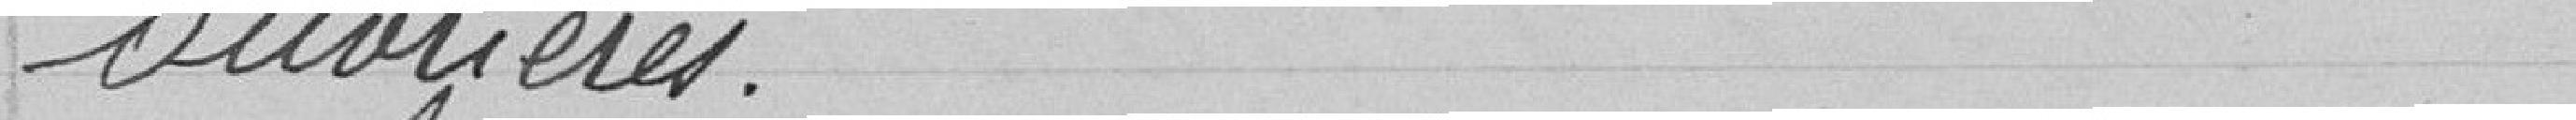
ouvrières.